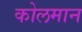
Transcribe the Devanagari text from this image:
कोलमान